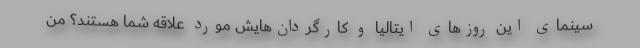
سینمای این روزهای ایتالیا و کارگردان‌هایش مورد علاقه شما هستند؟ من